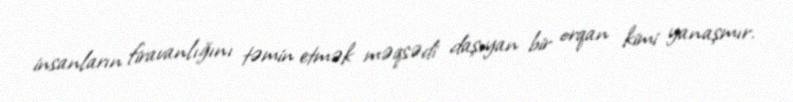
insanların firavanlığını təmin etmək məqsədi daşıyan bir orqan kimi yanaşmır.